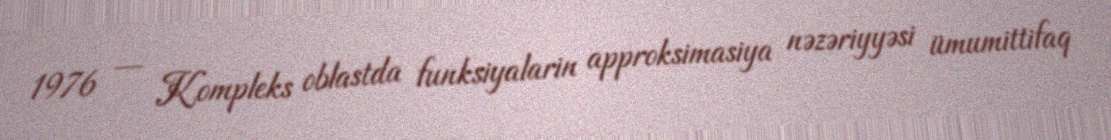
1976 — Kompleks oblastda funksiyalarin approksimasiya nəzəriyyəsi ümumittifaq